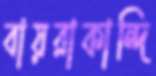
বায়রাকান্দি